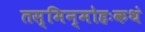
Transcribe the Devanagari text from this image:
तस्मिन्मोहःकथं